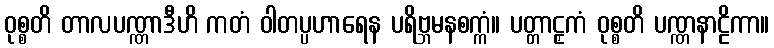
ဝုစ္စတိ တာလပဏ္ဏာဒီဟိ ကတံ ဝါတပ္ပဟာရေန ပရိဗ္ဘမနစက္ကံ။ ပတ္တာဠှကံ ဝုစ္စတိ ပဏ္ဏနာဠိကာ။